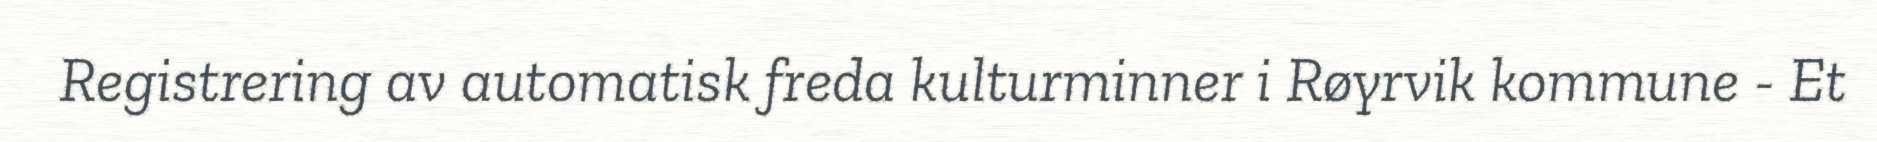
Registrering av automatisk freda kulturminner i Røyrvik kommune - Et